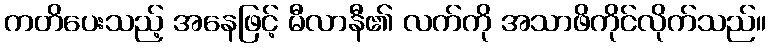
ကတိပေးသည့် အနေဖြင့် မီလာနီ၏ လက်ကို အသာဖိကိုင်လိုက်သည်။